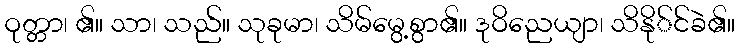
ဝုတ္တာ၊ ၏။ သာ၊ သည်။ သုခုမာ၊ သိမ်မွေ့စွာ၏။ ဒုဝိညေယျာ၊ သိနို်င်ခဲ၏။